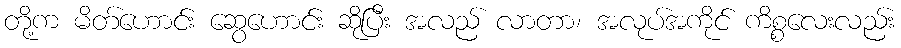
တို့က မိတ်ဟောင်း ဆွေဟောင်း ဆိုပြီး အလည် လာတာ၊ အလုပ်အကိုင် ကိစ္စလေးလည်း